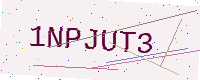
Text: 1NPJUT3